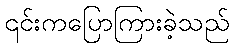
၎င်းကပြောကြားခဲ့သည်